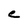
Character: C